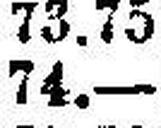
74.—